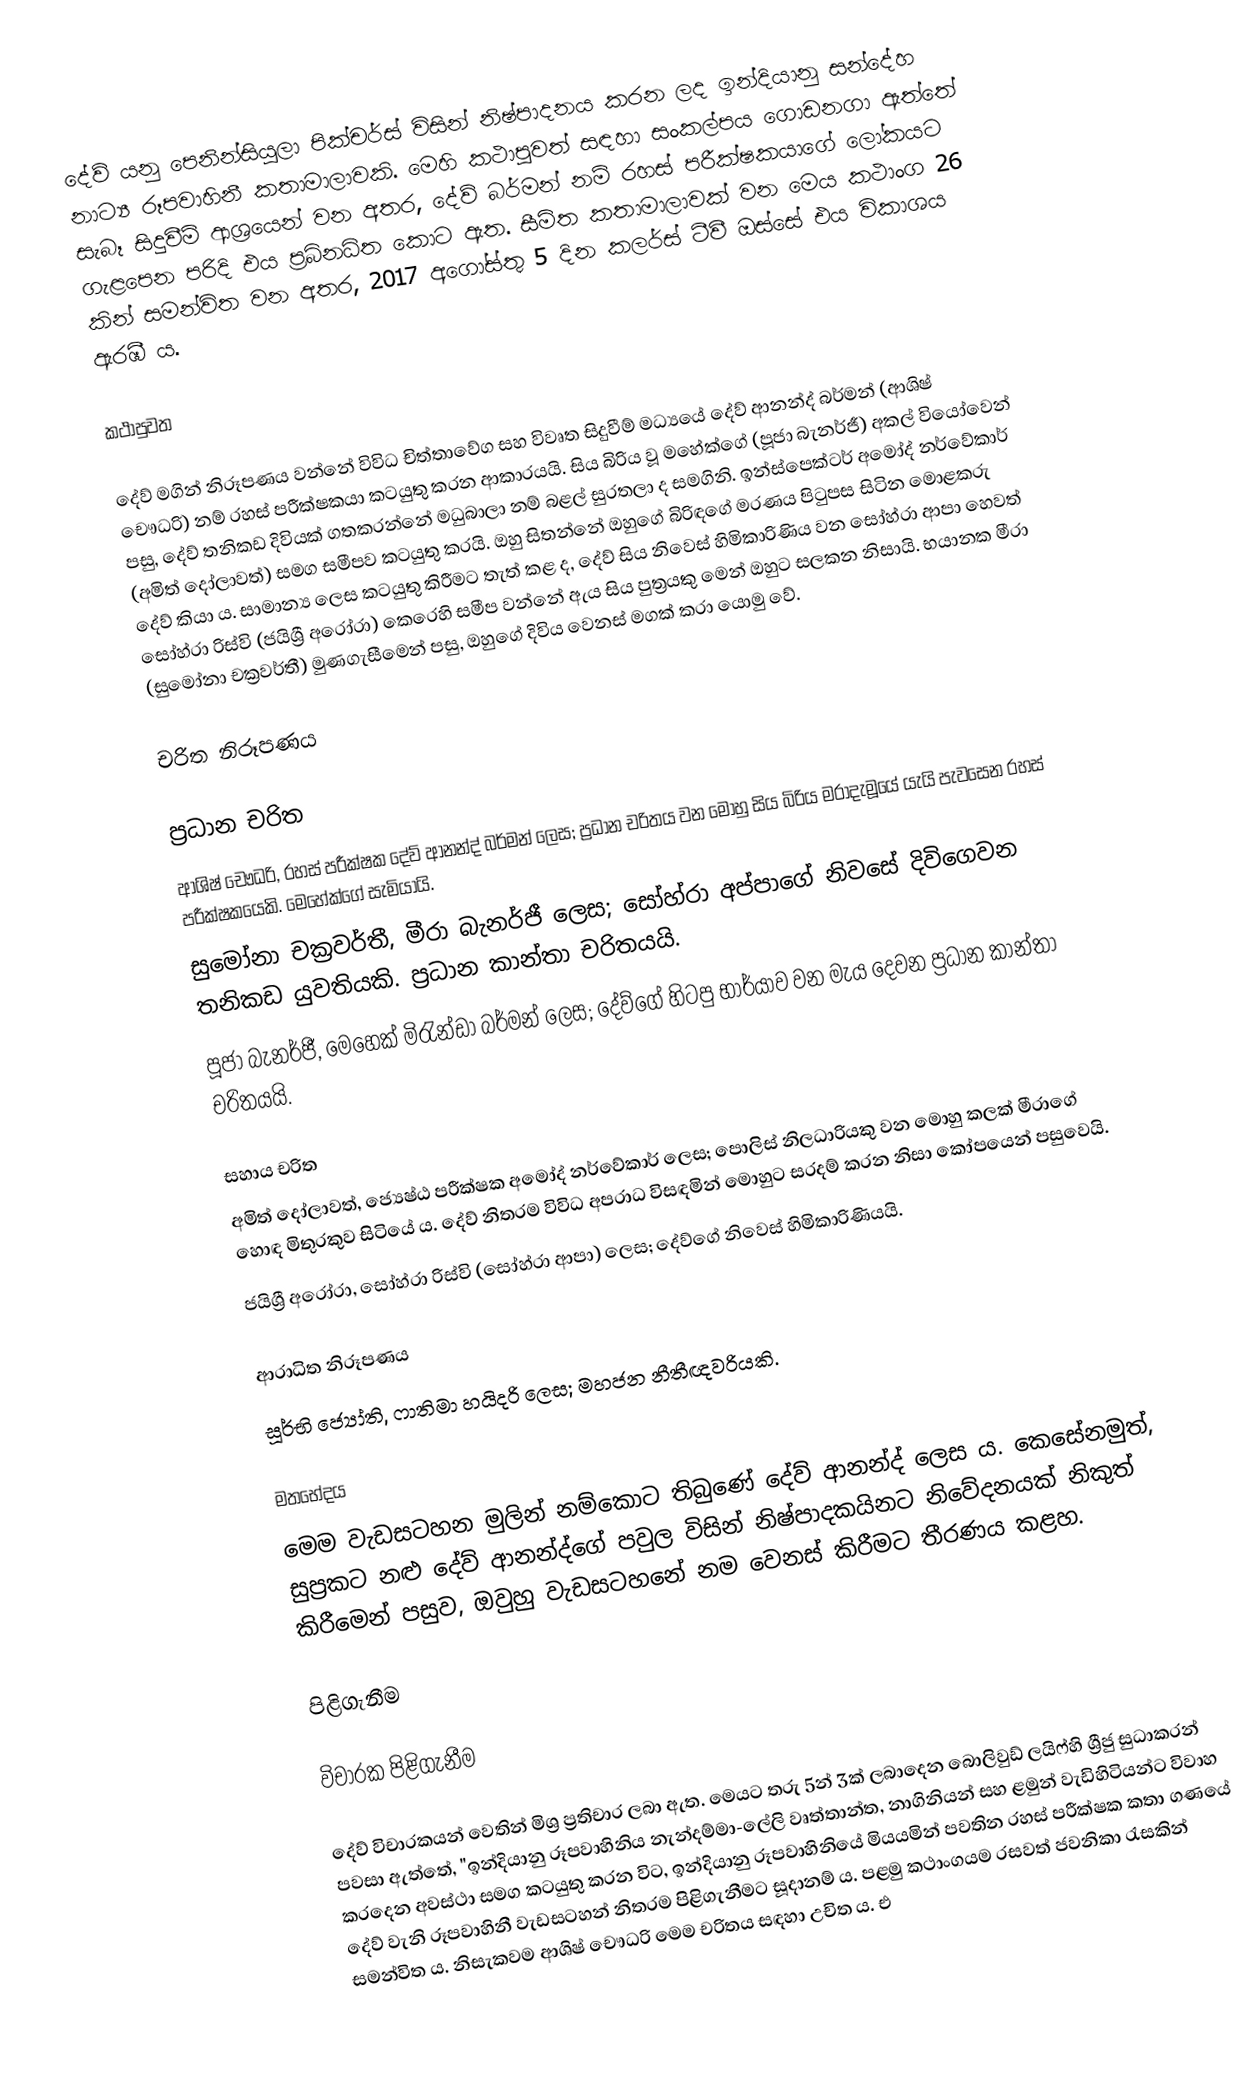
දේව් යනු පෙනින්සියුලා පික්චර්ස් විසින් නිෂ්පාදනය කරන ලද ඉන්දියානු සන්දේහ නාට්‍ය රූපවාහිනී කතාමාලාවකි. මෙහි කථාපුවත් සඳහා සංකල්පය ගොඩනගා ඇත්තේ සැබෑ සිදුවීම් ආශ්‍රයෙන් වන අතර, දේව් බර්මන් නම් රහස් පරීක්ෂකයාගේ ලෝකයට ගැළපෙන පරිදි එය ප්‍රබ්නධිත කොට ඇත. සීමිත කතාමාලාවක් වන මෙය කථාංග 26 කින් සමන්විත වන අතර, 2017 අගෝස්තු 5 දින කලර්ස් ටීවී ඔස්සේ එය විකාශය ඇරඹී ය.

කථාපුවත

දේව් මගින් නිරූපණය වන්නේ විවිධ චිත්තාවේග සහ විවෘත සිදුවීම් මධ්‍යයේ දේව් ආනන්ද් බර්මන් (ආශිෂ් චෞධරි) නම් රහස් පරීක්ෂකයා කටයුතු කරන ආකාරයයි. සිය බිරිය වූ මහේක්ගේ (පූජා බැනර්ජී) අකල් වියෝවෙන් පසු, දේව් තනිකඩ දිවියක් ගතකරන්නේ මධුබාලා නම් බළල් සුරතලා ද සමගිනි. ඉන්ස්පෙක්ටර් අමෝද් නර්වේකාර් (අමිත් දෝලාවත්) සමග සමීපව කටයුතු කරයි. ඔහු සිතන්නේ ඔහුගේ බිරිඳගේ මරණය පිටුපස සිටින මොළකරු දේව් කියා ය. සාමාන්‍ය ලෙස කටයුතු කිරීමට තැත් කළ ද, දේව් සිය ‍නිවෙස් හිමිකාරිණිය වන සෝහ්රා ආපා හෙවත් සෝහ්රා රිස්වි (ජයිශ්‍රී අරෝරා) කෙරෙහි සමීප වන්නේ ඇය සිය පුත්‍රයකු මෙන් ඔහුට සලකන නිසායි. භයානක මීරා (සුමෝනා චක්‍රවර්තී) මුණගැසීමෙන් පසු, ඔහුගේ දිවිය වෙනස් මගක් කරා යොමු වේ.

චරිත නිරූපණය

ප්‍රධාන චරිත
ආශිෂ් චෞධරි, රහස් පරීක්ෂක දේව් ආනන්ද් බර්මන් ලෙස; ප්‍රධාන චරිතය වන මොහු සිය බිරිය මරාදැමූයේ යැයි පැවසෙන රහස් පරීක්ෂකයෙකි. මෙහේක්ගේ සැමියායි.
සුමෝනා චක්‍රවර්තී, මීරා බැනර්ජී ලෙස; සෝහ්රා අප්පාගේ නිවසේ දිවිගෙවන තනිකඩ යුවතියකි. ප්‍රධාන කාන්තා චරිතයයි.
පූජා බැනර්ජී, මෙහෙක් මිරැන්ඩා බර්මන් ලෙස; දේව්ගේ හිටපු භාර්යාව වන මැය දෙවන ප්‍රධාන කාන්තා චරිතයයි.

සහාය චරිත
අමිත් දෝලාවත්, ජ්‍යෙෂ්ඨ පරීක්ෂක අමෝද් නර්වේකාර් ලෙස; පොලිස් නිලධාරියකු වන ‍මොහු කලක් මීරාගේ හොඳ මිතුරකුව සිටියේ ය. දේව් නිතරම විවිධ අපරාධ විසඳමින් මොහුට සරදම් කරන නිසා කෝපයෙන් පසුවෙයි.
ජයිශ්‍රී අරෝරා, සෝහ්රා රිස්වි (සෝහ්රා ආපා) ලෙස; දේව්ගේ නිවෙස් හිමිකාරිණියයි.

ආරාධිත නිරූපණය
සූර්භි ජ්‍යෝති, ෆාතිමා හයිදරි ලෙස; මහජන නීතීඥවරියකි.

මතභේදය
මෙම වැඩසටහන මුලින් නම්කොට තිබුණේ දේව් ආනන්ද් ලෙස ය. කෙසේනමුත්, සුප්‍රකට නළු දේව් ආනන්ද්ගේ පවුල විසින් නිෂ්පාදකයිනට නිවේදනයක් නිකුත් කිරීමෙන් පසුව, ඔවුහු වැඩසටහනේ නම වෙනස් කිරීමට තීරණය කළහ.

පිළිගැනීම

විචාරක පිළිගැනීම

දේව් විචාරකයන් වෙතින් මිශ්‍ර ප්‍රතිචාර ලබා ඇත. මෙයට තරු 5න් 3ක් ලබාදෙන බොලිවුඩ් ලයිෆ්හි ශ්‍රීජු සුධාකරන් පවසා ඇත්තේ, "ඉන්දියානු රූපවාහිනිය නැන්දම්මා-ලේලි වෘත්තාන්ත, නාගිනියන් සහ ළමුන් වැඩිහිටියන්ට විවාහ කරදෙන අවස්ථා සමග කටයුතු කරන විට, ඉන්දියානු රූපවාහිනියේ මියයමින් පවතින රහස් පරීක්ෂක කතා ගණයේ දේව් වැනි රූපවාහිනී වැඩසටහන් නිතරම පිළිගැනීමට සූදානම් ය. පළමු කථාංගයම රසවත් ජවනිකා රැසකින් සමන්විත ය. නිසැකවම ආශිෂ් චෞධරි මෙම චරිතය සඳහා උචිත ය. එ